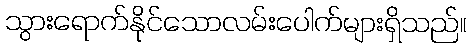
သွားရောက်နိုင်သောလမ်းပေါက်များရှိသည်။